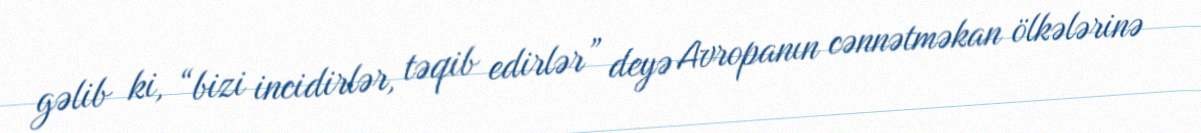
gəlib ki, “bizi incidirlər, təqib edirlər” deyə Avropanın cənnətməkan ölkələrinə